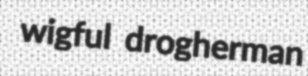
wigful drogherman